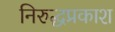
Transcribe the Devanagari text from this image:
निरुद्धप्रकाश